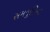
સમજૂતિના